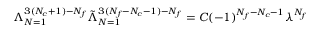
\Lambda _ { N = 1 } ^ { 3 ( N _ { c } + 1 ) - N _ { f } } \tilde { \Lambda } _ { N = 1 } ^ { 3 ( N _ { f } - N _ { c } - 1 ) - N _ { f } } = C ( - 1 ) ^ { N _ { f } - N _ { c } - 1 } \lambda ^ { N _ { f } }